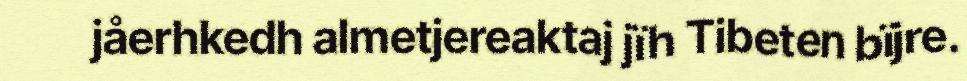
jåerhkedh almetjereaktaj jïh Tibeten bïjre.